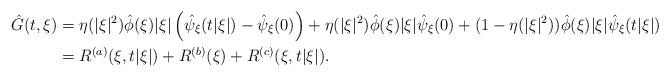
LaTeX: \begin{align*}\hat{G}(t,\xi) &= \eta(|\xi|^2) \hat{\phi}(\xi)|\xi| \left( \hat{\psi}_\xi(t|\xi|)-\hat{\psi}_\xi(0)\right)+ \eta(|\xi|^2) \hat{\phi}(\xi)|\xi| \hat{\psi}_\xi(0)+ (1-\eta(|\xi|^2)) \hat{\phi}(\xi)|\xi| \hat{\psi}_\xi(t|\xi|)\\&= R^{(a)}(\xi, t|\xi|)+R^{(b)}(\xi) + R^{(c)}(\xi, t|\xi|).\end{align*}